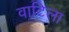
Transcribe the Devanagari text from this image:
वाटिला